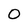
Character: 0